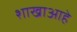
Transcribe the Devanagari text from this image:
शाखाआहे